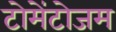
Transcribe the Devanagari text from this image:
टोमेंटोजम